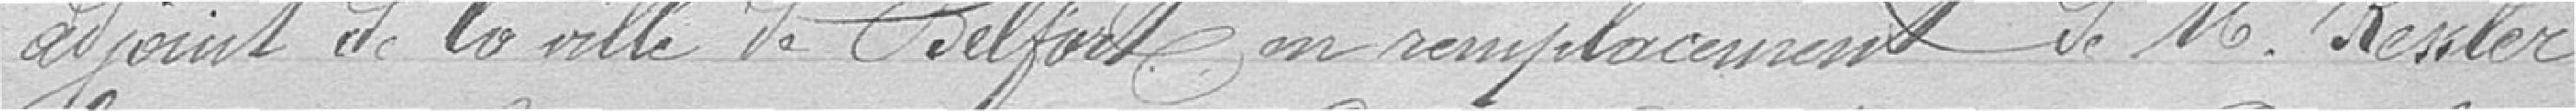
adjoint de la Ville de Belfort en remplacement de monsieur Kessler-